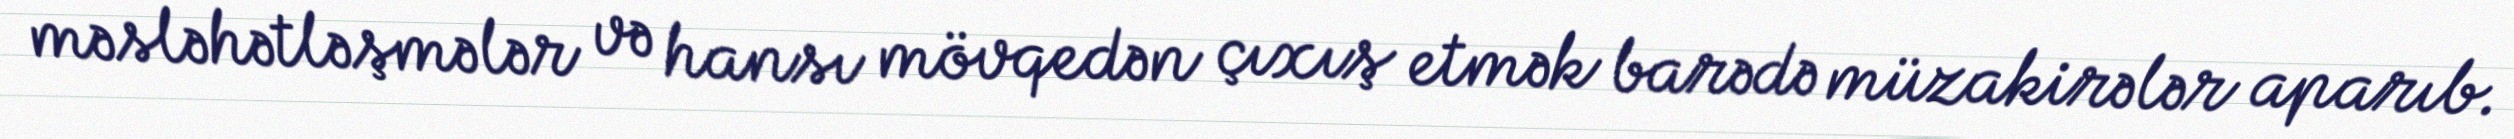
məsləhətləşmələr və hansı mövqedən çıxış etmək barədə müzakirələr aparıb.